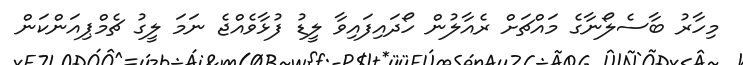
މިހާރު ބާސެލޯނާގެ މައްޗަށް ރެއާލުން ހޯދައިފައިވާ ލީޑު ފުޅާވެއްޖެ ނަމަ ލީގު ޗެމްޕިއަންކަން